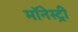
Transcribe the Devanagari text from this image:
मॉनेस्‍ट्री